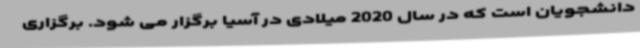
دانشجویان است که در سال 2020 میلادی در آسیا برگزار می شود. برگزاری